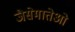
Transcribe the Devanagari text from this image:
जैसेमातेओ